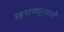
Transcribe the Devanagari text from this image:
म्हणणार्‍याने